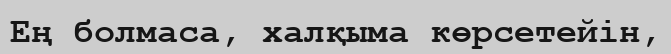
Ең болмаса, халқыма көрсетейін,